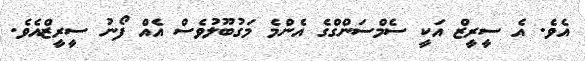
އެވެ. އެ ސީރީޒް އަކީ ސެމްސަންްގްގެ އެންމެ މަގުބޫލުވެސް އެއް ފޯނު ސީރީޒްއެވެ.